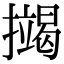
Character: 𢷒